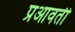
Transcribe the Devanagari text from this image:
प्रआवर्ती